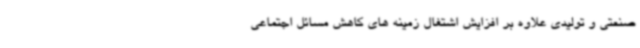
صنعتی و تولیدی علاوه بر افزایش اشتغال زمینه های کاهش مسائل اجتماعی